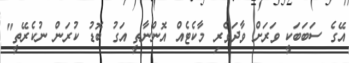
އޭގެ ސަބަބަކީ ވަރަށް ވާދަވެރި މާކެޓެއް އޮންނާތީ އަގު ބޮޑު ކުރަން ނުކެރޭތީ"